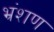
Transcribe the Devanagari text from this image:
भ्रंशण